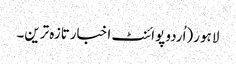
لاہو ر(اُردو پوائنٹ اخبارتازہ ترین۔